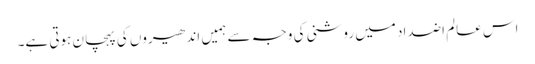
اس عالم اضداد میں روشنی کی وجہ سے ہمیں اندھیروں کی پہچان ہوتی ہے۔